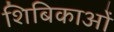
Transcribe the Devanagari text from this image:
शिबिकाओं